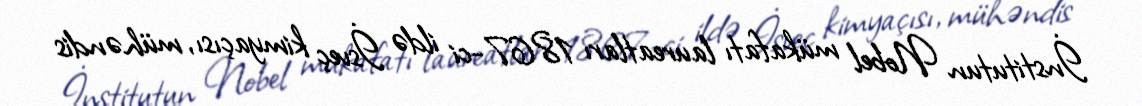
İnstitutun Nobel mükafatı laureatları 1867-ci ildə İsveç kimyaçısı, mühəndis